Medical and sanitary report of the native army of Bengal for the year
Year: 1874
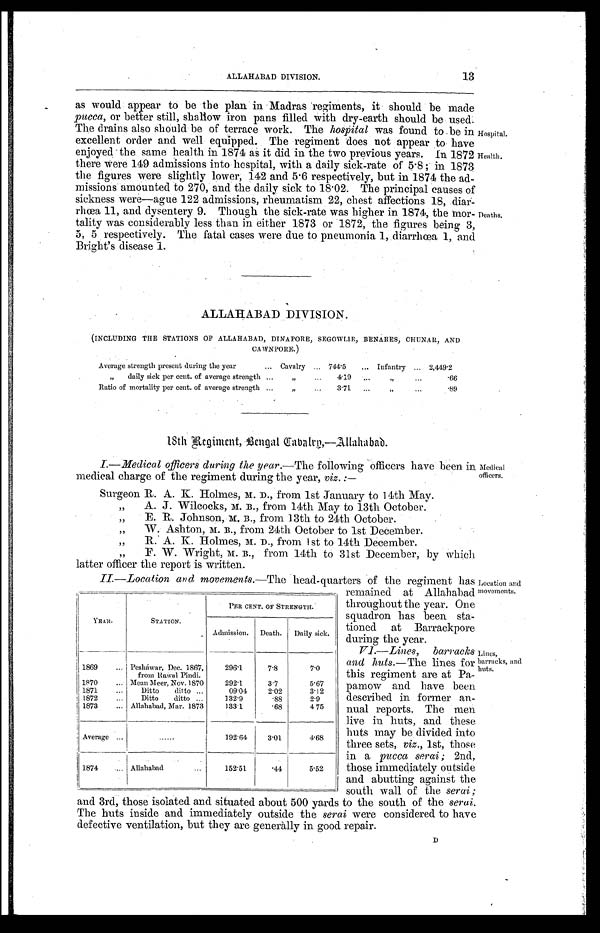
Hospital.
Health.
Deaths.
Medical
officers.
13
ALLAHABAD DIVISION.
as would appear to be the plan in Madras regiments, it should be made
pucca , or better still, shallow iron pans filled with dry-earth should be used.
The drains also should be of terrace work. The hospital was found to be in
excellent order and well equipped. The regiment does not appear to have
enjoyed the same health in 1874 as it did in the two previous years. In 1872
there were 149 admissions into hospital, with a daily sick-rate of 5.8 ; in 1873
the figures were slightly lower, 142 and 5.6 respectively, but in 1874 the ad
-missions amounted to 270, and the daily sick to 18.02. The principal causes of
sickness were—ague 122 admissions, rheumatism 22, chest affections 18, diar-
rhœa 11, and dysentery 9. Though the sick-rate was higher in 1874, the mor-
tality was considerably less than in either 1873 or 1872, the figures being 3,
5, 5 respectively. The fatal cases were due to pneumonia 1, diarrhœa 1, and
Bright's disease 1.
ALLAHABAD DIVISION.
(INCLUDING THE STATIONS OF ALLAHABAD, DINAPORE, SEGOWLIE, BENARES, CHUNAR, AND
CAWNPORE.)
Average strength present during the year . . .
Cavalry 744.5
Infantry
2,449.2
" daily sick per cent. of average strength . . .
" . . .
4.19
" . . .
.66
Ratio of mortality per cent. of average strength . . .
" . . .
3.71
" . . .
.89
18th Regiment, Bengal Cabalry—Allahabad.
I.— Medical officers during the year .—The following officers have been in
medical charge of the regiment during the year. viz . :—
Surgeon R. A. K. Holmes, M. D., from 1st January to 14th May.
" A. J. Wilcocks, M. B., from 14th May to 13th October.
" E. R. Johnson, M. B., from 13th to 24th October.
" W. Ashton, M. B., from 24th October to 1st December.
" R. A. K. Holmes, M. D., from 1st to 14th December.
" F. W. Wright, M. B., from 14th to 31st December, by which
latter officer the report is written.
II—Location and movements .—The head-quarters of the regiment has
remained at Allahabad
throughout the year. One
squadron has been sta
-tioned
at
Barrackpore
during the year.
VI .— Lines, barracks
and huts .—The lines for
this regiment are at Pa-
-pamow and have been
described in-former an
-nual reports. The men
live in huts, and these
huts may be divided into
three sets, viz ., 1st, those
in a pucca serai ; 2nd,
those immediately outside
and abutting against the
south wall of the serai ;
and 3rd, those isolated and situated about 500 yards to the south of the serui .
The huts inside and immediately outside the serai were considered to have
defective ventilation, but they are generally in good repair.
Y E A R .
STATION.
PER CENT. OF STRENGTH.
Admission.
Death.
Daily sick.
1869 . . .
Pesháwar, Dec. 1867,
from Rawal Pindi.
296.1
7.8
7.0
1870 . . .
Mean Meer, Nov. 1870
292.1
3.7
5.67
1871 . . .
Ditto ditto . . .
09.04
2.02
3 . 1 2
1872 . . .
Ditto ditto . . .
132.9
.88
2.9
1873 . . .
Allahabad, Mar. 1873
133.1
.68
4 75
Average . . .
. . .
192.64
3.01.
4.68
1874 . . . Allahabad . . .
152.51
.44
5.52
Location and
movements.
Lines,
barracks, and
huts.